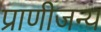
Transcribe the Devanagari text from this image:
प्राणीजन्य